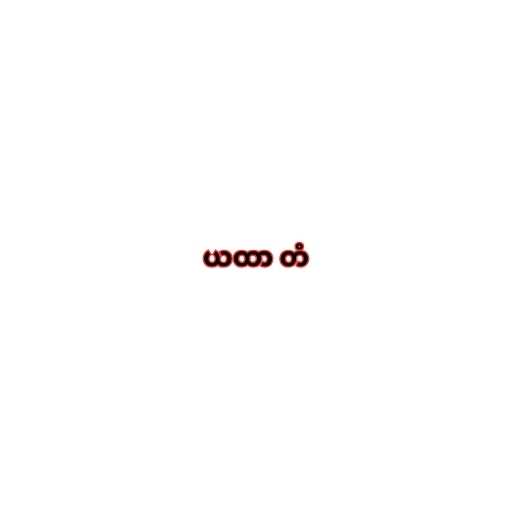
ယထာ တံ